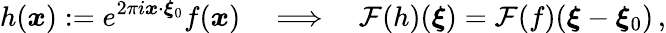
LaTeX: h(\boldsymbol{x}):=e^{2\pi i\boldsymbol{x}\cdot\boldsymbol{\xi}_{0}}f(\boldsymbol{x})\quad\Longrightarrow\quad\mathcal{F}(h)(\boldsymbol{\xi})=\mathcal{F}(f)(\boldsymbol{\xi}-\boldsymbol{\xi}_{0})\, ,